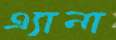
এ্যানা